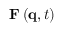
\mathbf { F } \left( \mathbf { q } , t \right)